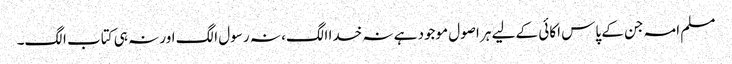
مسلم امہ جن کے پاس اکائی کے لیے ہر اصول موجود ہے نہ خدا الگ، نہ رسول الگ اور نہ ہی کتاب الگ۔